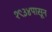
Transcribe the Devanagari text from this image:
१९३४पासून